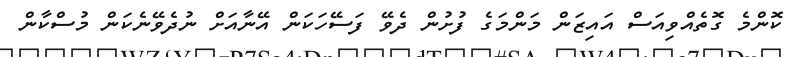
ކޮންމެ ގޮތެއްވިއަސް އައިޒަން މަންމަގެ ފުށުން ދެވޭ ފަސޭހަކަން އޭނާއަށް ނުދެވޭނެކަން މުސްކާން